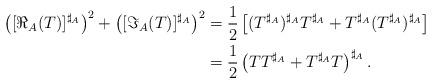
LaTeX: \begin{align*}\left([\Re_A(T)]^{\sharp_A}\right)^2 + \left([\Im_A(T)]^{\sharp_A}\right)^2&=\frac{1}{2}\left[(T^{\sharp_A})^{\sharp_A} T^{\sharp_A}+ T^{\sharp_A}(T^{\sharp_A})^{\sharp_A}\right]\\&= \frac{1}{2}\left(TT^{\sharp_A} + T^{\sharp_A} T\right)^{\sharp_A}.\end{align*}